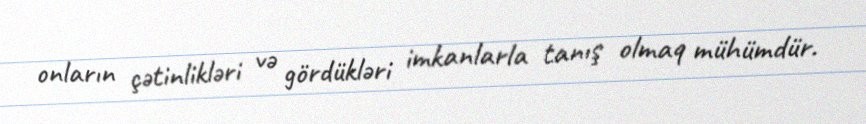
onların çətinlikləri və gördükləri imkanlarla tanış olmaq mühümdür.